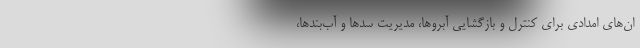
ان‌های امدادی برای کنترل و بازگشایی آبروها، مدیریت سدها و آب‌بندها،